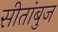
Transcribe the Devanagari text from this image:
सीतांबुज